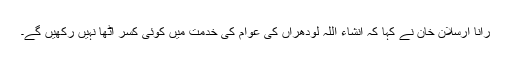
رانا ارسلان خان نے کہا کہ انشاء اللہ لودھراں کی عوام کی خدمت میں کوئی کسر اٹھا نہیں رکھیں گے۔